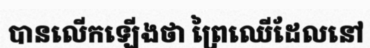
បានលើកឡើងថា ព្រៃឈើដែលនៅ